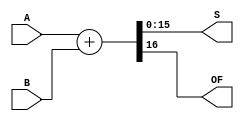
module ADDER16(input [15:0] A, B, output [15:0] S, output OF);
	assign {OF, S[15:0]} = A + B;
endmodule

/*
module TestBench;
	reg [15:0] A, B;
	output [15:0] s;

	integer i;

	ADDER16 a(A, B, s, of);

	initial begin
		$monitor($time, , A, , B, , of, , s);
		for(i = 0; i < 100; i = i + 1) begin
			A = $urandom;
			B = $urandom;
			#1;
		end
	end
endmodule
*/